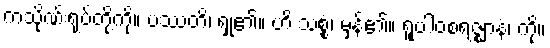
ကသိုဏ်းရုပ်တို့ကို။ ပဿတိ၊ ရှု၏။ ဟိ သစ္စံ၊ မှန်၏။ ရူပါဝစရဇ္ဈာနံ၊ ကို။